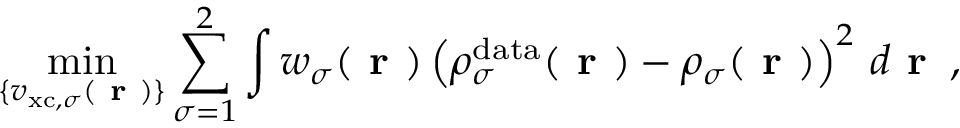
\operatorname* { m i n } _ { \{ v _ { \mathrm { x c } , \sigma } ( \boldsymbol { \textbf { r } } ) \} } \sum _ { \sigma = 1 } ^ { 2 } \int w _ { \sigma } ( \boldsymbol { \textbf { r } } ) \left( \rho _ { \sigma } ^ { \mathrm { d a t a } } ( \boldsymbol { \textbf { r } } ) - \rho _ { \sigma } ( \boldsymbol { \textbf { r } } ) \right) ^ { 2 } \, d \boldsymbol { \textbf { r } } \, ,